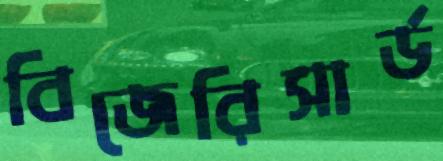
বিজেরিসার্ড